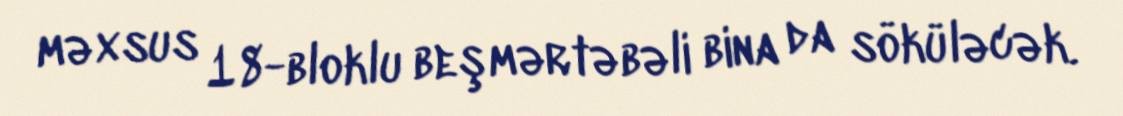
məxsus 18-bloklu beşmərtəbəli bina da söküləcək.